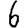
Digit: 6